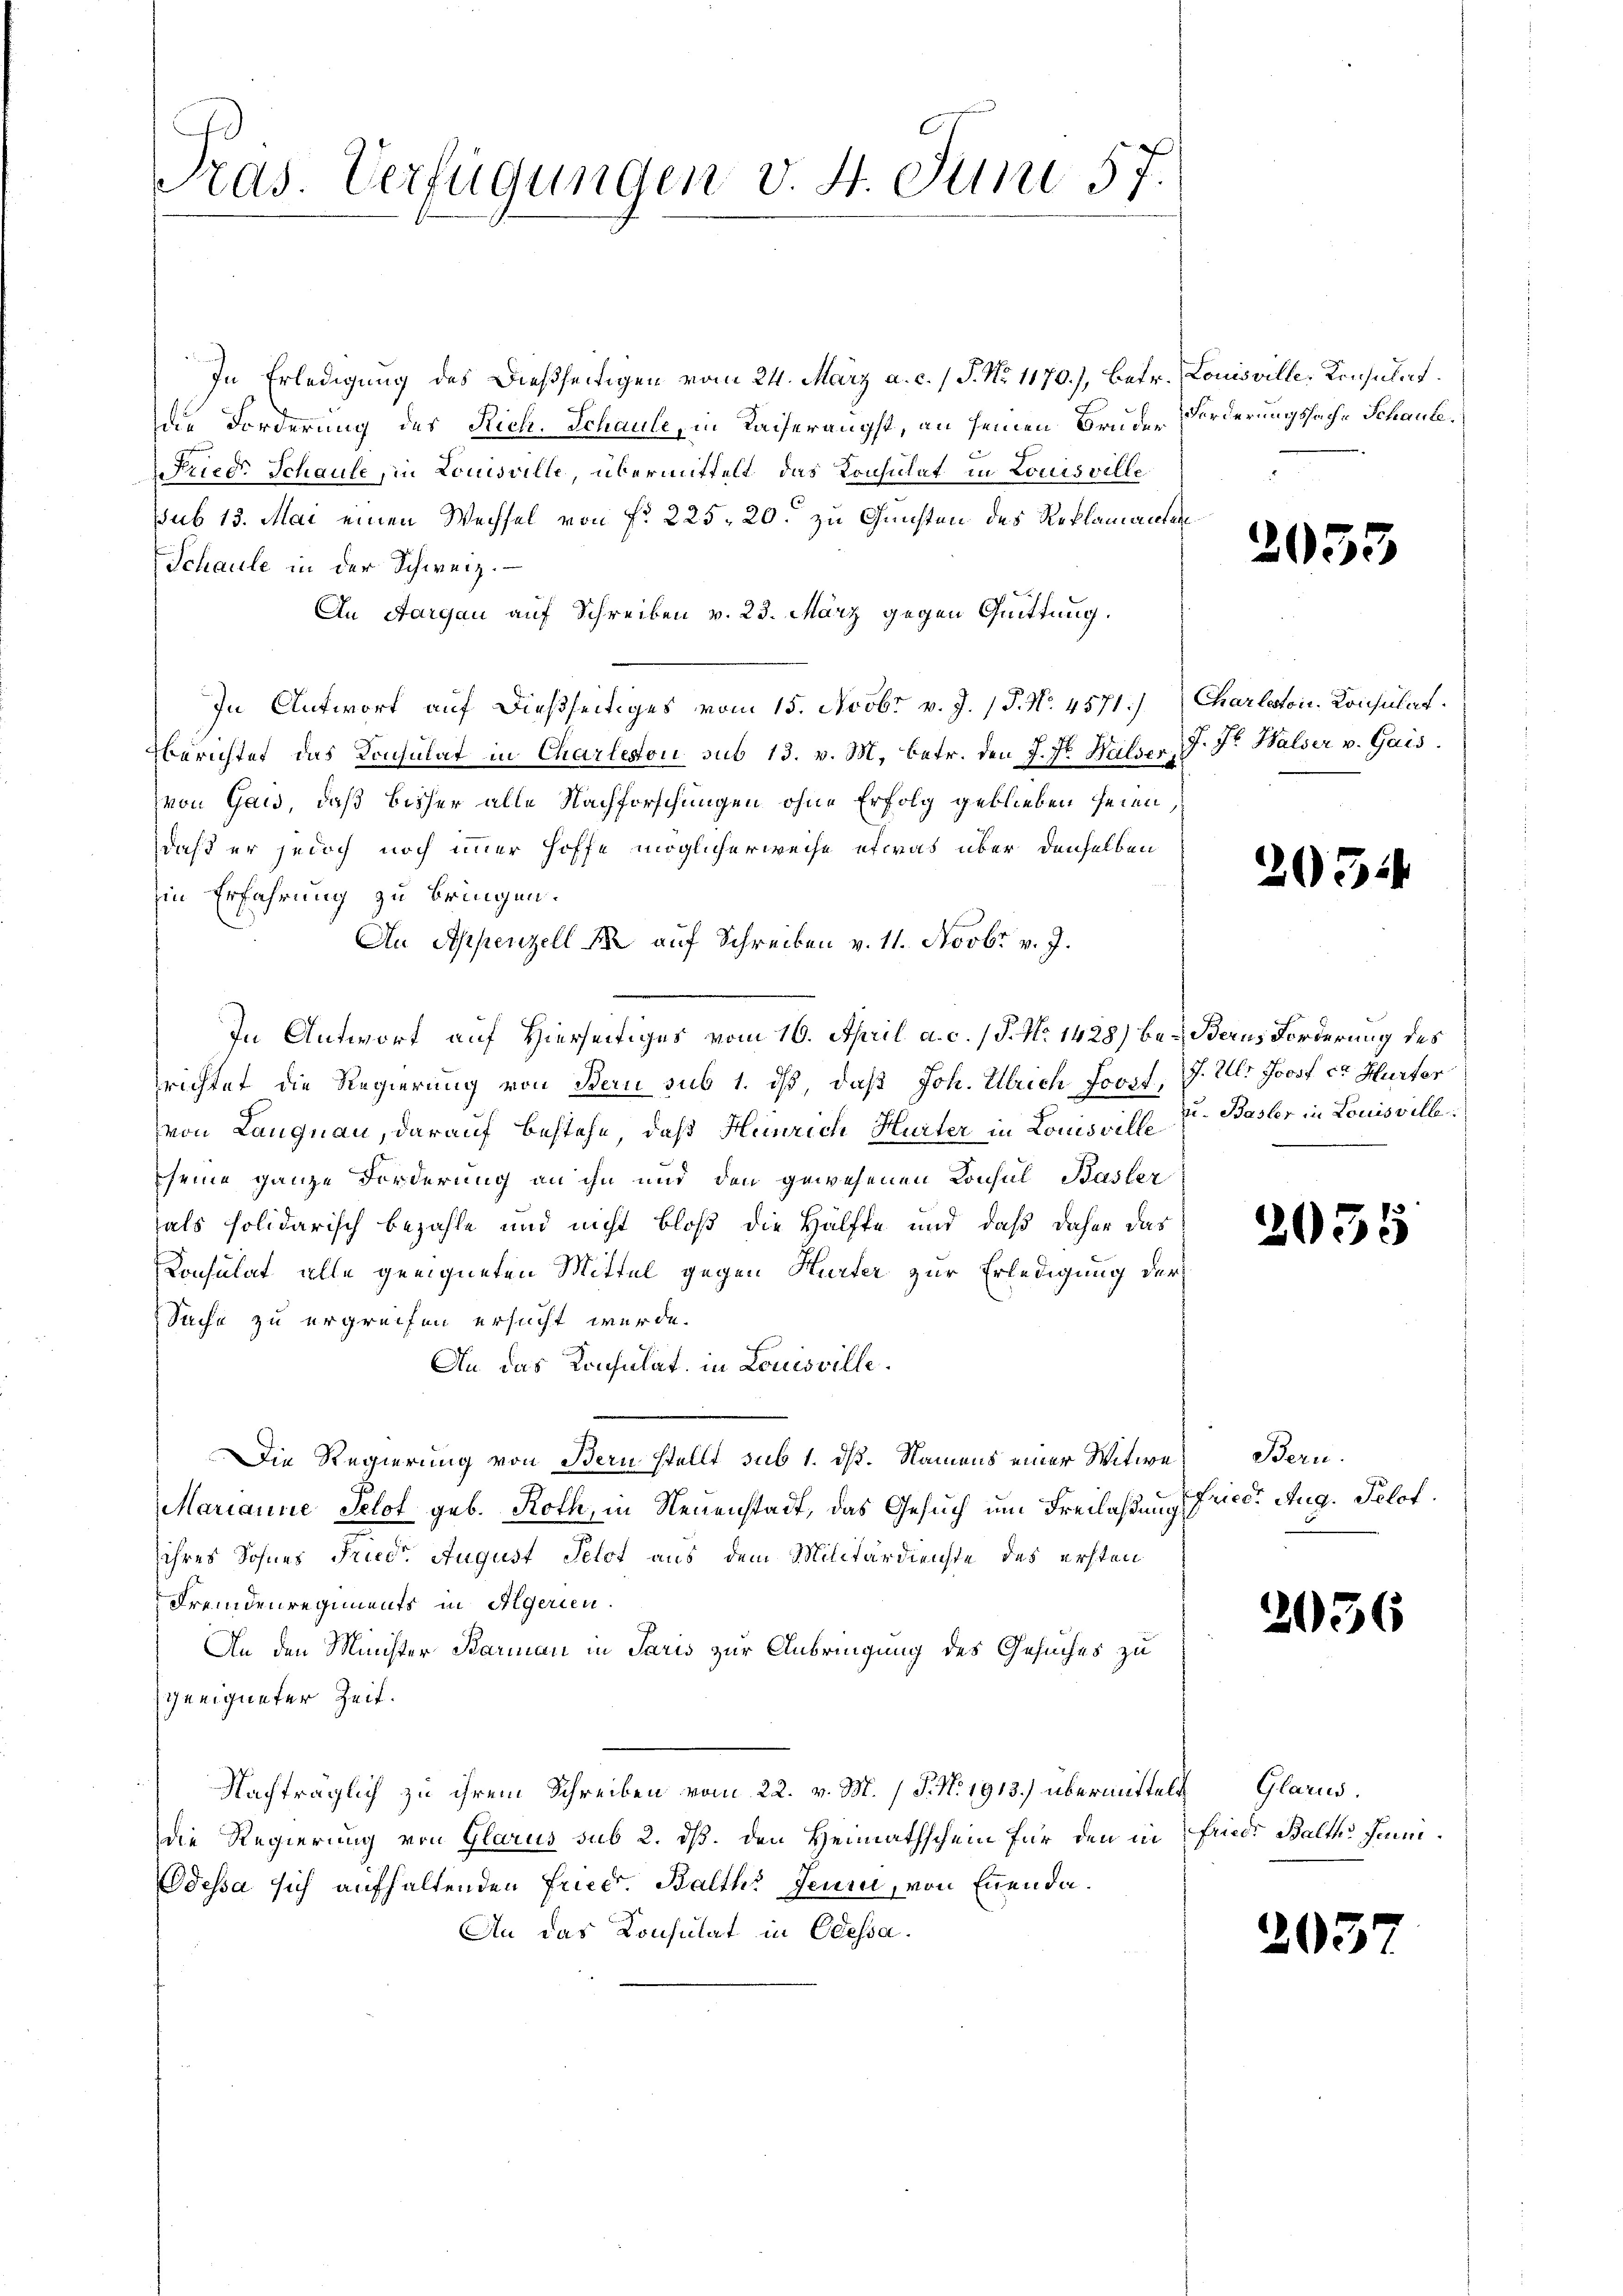
In Erledigung des Dießseitigen vom 24. März a. c. 1 S. Nr. 1170.), betr. E
die Forderung des Rich. Schaule, in Kaiserangst, an seinen Bruder
Fried. Schaule in Louisville, übermittelt das Konsulat in Louisville
ssub 15. Mai einen Wechsel von fr. 225. 20. zu Gunsten des Reklamanten
Schaule in der Schweiz.
An Aargau auf Schreiben v. 23. März gegen Quittung.
In Antwort auf dießseitiges vom 15. Novbr. v. J. P. Nr. 4571/
Berichtet das Konsulat in Charlesou sub 13. v. M. betr. den J. J. Halser,
von Gais, daß bisher alle Nachforschungen ohne Erfolg geblieben seien,
daß er jedoch noch immer hoffe möglicherweise etwas über denselben
in Erfahrung zu bringen.
An Appenzell A. auf Schreiben v. 11. Novbr. v. J.
In Antwort auf Hierseitiges vom 16. April a. c. (T. No 1428) bei Berns Forderung des
richtet die Regierung von Bern sub 1. ds, daß Joh. Ulrich forzt,
von Langnau, darauf bestehe, daß Heinrich Hurter in Louisville Dr. Basler in Louisville
seine ganze Forderung an ihn und den gewesenen Konsul Basler
als solidarisch bezahle und nicht bloß die Hälfte und daß daher das
Konsulat alle geeigneten Mittel gegen Hurter zur Erledigung der
Sache zu ergreifen ersucht wurde.
An das Konsulat in Louisville.
Die Regierung von Bern stellt sub 1. ds. Namens einer Witwe
Marianne Selot geb. Roth, in Neuenstadt, das Gesuch um Freilaßung,
ihres Sohnes Stud. August Selot aus dem Militärdienste des ersten
Fremdenregiments in Algerien.
An den Minister Karman in Paris zur Anbringung des Gesuches zu
geeigneter Zeit.
Nachträglich zu ihrem Schreiben vom 22. v. M. P. N. 1913.) übermittelt Glarus.
die Regierung von Glarus sub 2. dß. den Heimathschein für den in Friede Balte Fami¬
Odessa sich aufhaltenden Friedr. Balth. Jeur, von Euenda
An das Consulat in Odessa.

Pras. Verfügungen v. 4. Juni 57.

Louisville, Konsulat.
Forderungssache Schaute.

2053

Charloton. Konsulat.
J. J. Halser v. Gais.

20514

J. Ulr. Joosf ca Hurter

203

5

Bern.
fried. Aug. Pelot

2036

203

7